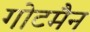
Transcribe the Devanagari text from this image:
गोटमैन